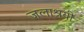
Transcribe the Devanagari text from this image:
जलाश्रयी